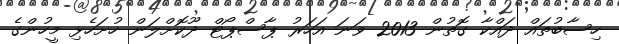
ހިސާބުތައް ދައްކާ ގޮތުން 2013 ވަނަ އަހަރު ޕާސްޕޯޓް ދޫކޮށްލަން ހުށަހެޅި މީހުންގެ